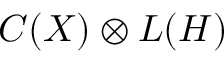
C ( X ) \otimes L ( H )